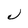
Character: J